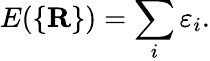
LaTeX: E(\{ \mathbf{R}\} )=\sum_{i}\varepsilon_{i}.